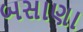
બસાણા